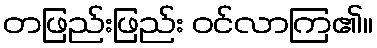
တဖြည်းဖြည်း ဝင်လာကြ၏။